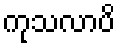
ကုသလာပိ